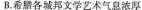
B.希腊各城邦文学艺术气息浓厚